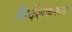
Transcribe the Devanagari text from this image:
निर्देशकरून